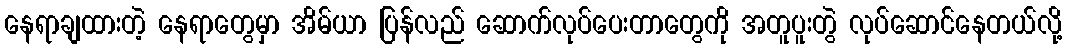
နေရာချထားတဲ့ နေရာတွေမှာ အိမ်ယာ ပြန်လည် ဆောက်လုပ်ပေးတာတွေကို အတူပူးတွဲ လုပ်ဆောင်နေတယ်လို့